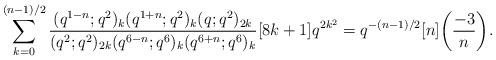
LaTeX: \begin{align*}\sum_{k=0}^{(n-1)/2}\frac{(q^{1-n};q^2)_k (q^{1+n};q^2)_k (q;q^2)_{2k}}{(q^2;q^2)_{2k}(q^{6-n};q^6)_k (q^{6+n};q^6)_k }[8k+1]q^{2k^2}=q^{-(n-1)/2}[n]\biggl(\frac{-3}{n}\biggr).\end{align*}